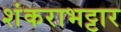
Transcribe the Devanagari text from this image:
शंकराभट्टार